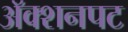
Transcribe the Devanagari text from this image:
अॅक्शनपट